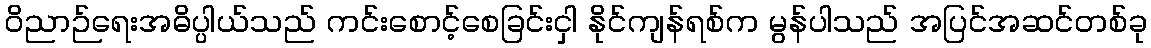
ဝိညာဉ်ရေးအဓိပ္ပါယ်သည် ကင်းစောင့်စေခြင်းငှါ နိုင်ကျန်ရစ်က မွန်ပါသည် အပြင်အဆင်တစ်ခု